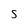
Character: s